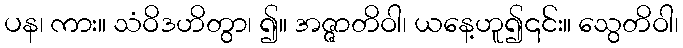
ပန၊ ကား။ သံဝိဒဟိတွာ၊ ၍။ အဇ္ဇာတိဝါ၊ ယနေ့ဟူ၍၎င်း။ သွေတိဝါ၊